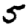
Digit: 5